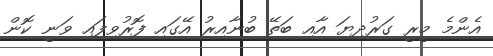
އެންމެ މީރީ ގަރުދިޔަ އާއި ބަތޭ ބުނާއިރު އޭގައި ފޮރުވިފައި ވަނީ ކޮން